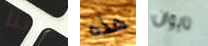
حسنا هذه تايوان